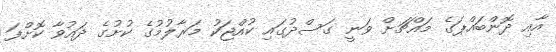
އާއި ދޮންބައްޕަގެ މައްޗަށް ވަނީ ގަސްދުގައި ކުއްޖަކު މަރާލުމުގެ ކުށުގެ ދައުވާ ކޮށްފަ